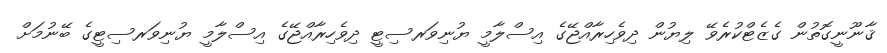
ޤާނޫނީގޮތުން ގެޒެޓްކުރެވޭ ލިޔުން ދިވެހިރާއްޖޭގެ އިސްލާމީ ޔުނިވަރސިޓީ ދިވެހިރާއްޖޭގެ އިސްލާމީ ޔުނިވަރސިޓީގެ ބޭނުމަށް